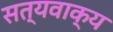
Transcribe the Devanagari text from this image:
सत्यवाक्य